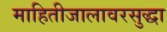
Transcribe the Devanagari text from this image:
माहितीजालावरसुद्धा